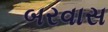
બરવાસ